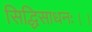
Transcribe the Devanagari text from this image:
सिद्धिसाधनः।।